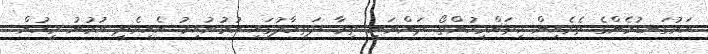
އަޅުގަނޑުމެންގެ ތެރެއިން ކިތައްމީހުންތޯ ދަންނަނީ ތިމާ ދަތިހާލުގައި އުޅުނުއިރު އެހީވެދީ އުޅުނު މީހުން.